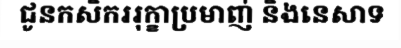
ជូនកសិកររុក្ខាប្រមាញ់ និងនេសាទ